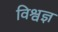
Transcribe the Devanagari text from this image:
विश्वज्ञ